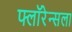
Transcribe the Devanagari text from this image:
फ्लॉरेन्सला